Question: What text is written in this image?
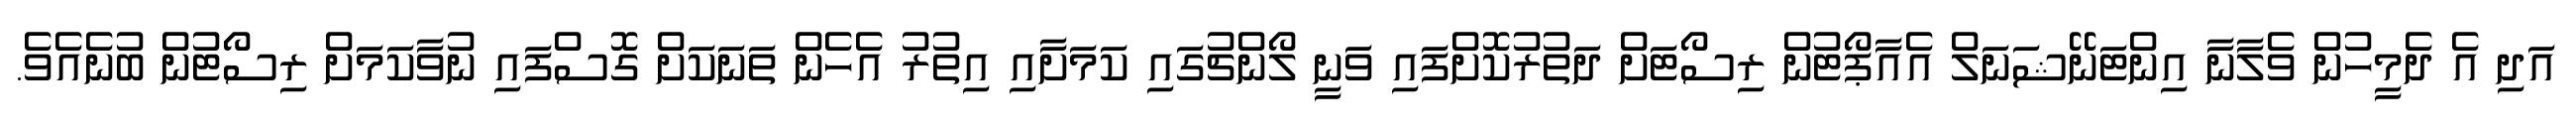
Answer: އަދި އެ ދެމީހުން ވެލާނާ އިންޓަނޭޝަނަލް އެއާޕޯޓުން ރިސޯޓަށް ދަތުރުކޮށްފައި ވަނީ ލޯންޗުގައި ކަމަށާއި އިތުރު އެހެން ތަނަކަށް ގޮސްފައި ނުވާކަމަށް ރިސޯޓުން ބުނެއެވެ.